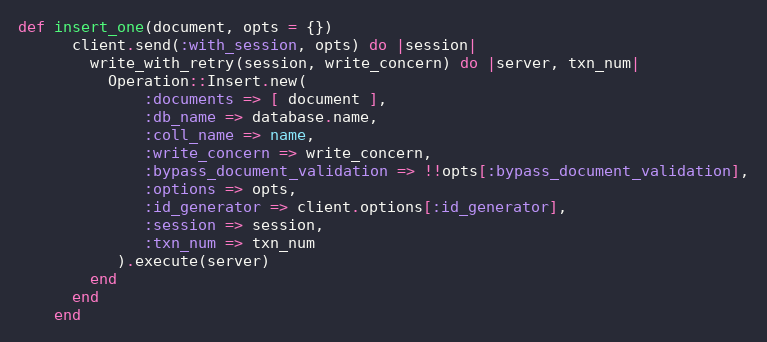
Language: Ruby
def insert_one(document, opts = {})
      client.send(:with_session, opts) do |session|
        write_with_retry(session, write_concern) do |server, txn_num|
          Operation::Insert.new(
              :documents => [ document ],
              :db_name => database.name,
              :coll_name => name,
              :write_concern => write_concern,
              :bypass_document_validation => !!opts[:bypass_document_validation],
              :options => opts,
              :id_generator => client.options[:id_generator],
              :session => session,
              :txn_num => txn_num
           ).execute(server)
        end
      end
    end